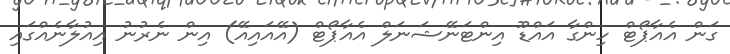
ގަން އެއާޕޯޓް ހިންގާ އައްޑޫ އިންޓަނޭޝަނަލް އެއާޕޯޓް (އޭއައިއޭ) އިން ނެރުނު އިއުލާނެއްގައި